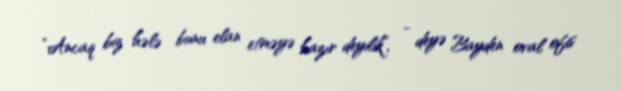
“Ancaq biz hələ bunu elan etməyə hazır deyilik”, - deyə Bayden oval ofis